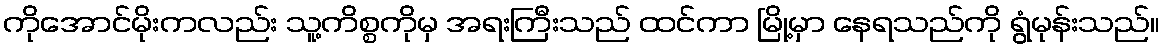
ကိုအောင်မိုးကလည်း သူ့ကိစ္စကိုမှ အရးကြီးသည် ထင်ကာ မြို့မှာ နေရသည်ကို ရွံမုန်းသည်။